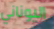
اليوناني